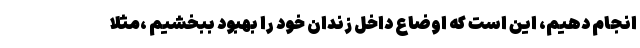
انجام دهیم، این است که اوضاع داخل زندان خود را بهبود ببخشیم ،مثلاً